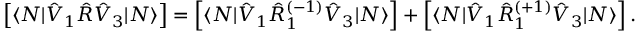
\begin{array} { r } { \left[ \langle N | \hat { V } _ { 1 } \hat { R } \hat { V } _ { 3 } | N \rangle \right] = \left[ \langle N | \hat { V } _ { 1 } \hat { R } _ { 1 } ^ { ( - 1 ) } \hat { V } _ { 3 } | N \rangle \right] + \left[ \langle N | \hat { V } _ { 1 } \hat { R } _ { 1 } ^ { ( + 1 ) } \hat { V } _ { 3 } | N \rangle \right] . } \end{array}